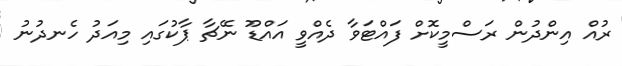
ރުއް އިންދުން ރަސްމީކޮށް ފައްޓަވާ ދެއްވީ އައްޑޫ ނޭޗާ ޕާކުގައި މިއަދު ހެނދުނު